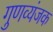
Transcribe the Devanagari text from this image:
गुणव्यंजक